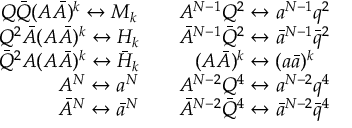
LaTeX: \begin{array} { c c } { { Q \bar { Q } ( A \bar { A } ) ^ { k } \leftrightarrow M _ { k } \quad } } & { { A ^ { N - 1 } Q ^ { 2 } \leftrightarrow a ^ { N - 1 } q ^ { 2 } } } \\ { { Q ^ { 2 } \bar { A } ( A \bar { A } ) ^ { k } \leftrightarrow H _ { k } \quad } } & { { \bar { A } ^ { N - 1 } \bar { Q } ^ { 2 } \leftrightarrow \bar { a } ^ { N - 1 } \bar { q } ^ { 2 } } } \\ { { \bar { Q } ^ { 2 } { A } ( A \bar { A } ) ^ { k } \leftrightarrow \bar { H } _ { k } \quad } } & { { ( A \bar { A } ) ^ { k } \leftrightarrow ( a \bar { a } ) ^ { k } } } \\ { { \qquad A ^ { N } \leftrightarrow a ^ { N } } } & { { A ^ { N - 2 } Q ^ { 4 } \leftrightarrow a ^ { N - 2 } q ^ { 4 } } } \\ { { \qquad \bar { A } ^ { N } \leftrightarrow \bar { a } ^ { N } } } & { { \bar { A } ^ { N - 2 } \bar { Q } ^ { 4 } \leftrightarrow \bar { a } ^ { N - 2 } \bar { q } ^ { 4 } } } \end{array}